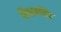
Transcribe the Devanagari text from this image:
किशनसिंह